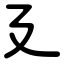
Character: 廴